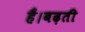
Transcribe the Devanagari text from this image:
हैं।बढ़ती